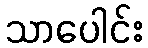
သာပေါင်း